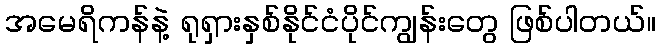
အမေရိကန်နဲ့ ရုရှားနှစ်နိုင်ငံပိုင်ကျွန်းတွေ ဖြစ်ပါတယ်။